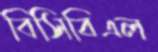
বিসিবিএল